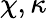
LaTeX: \chi,\kappa